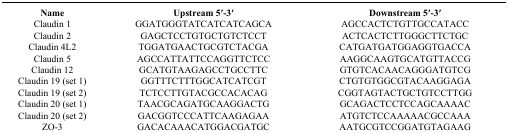
| Name | Upstream 5′-3′ | Downstream 5′-3′ |
 | --- | --- | --- |
 | Claudin 1 | GGATGGGTATCATCATCAGCA | AGCCACTCTGTTGCCATACC |
 | Claudin 2 | GAGCTCCTGTGCTGTCTCCT | ACTCACTCTTGGGCTTCTGC |
 | Claudin 4L2 | TGGATGAACTGCGTCTACGA | CATGATGATGGAGGTGACCA |
 | Claudin 5 | AGCCATTATTCCAGGTTCTCC | AAGGCAAGTGCATGTTACCG |
 | Claudin 12 | GCATGTAAGAGCCTGCCTTC | GTGTCACAACAGGGATGTCG |
 | Claudin 19 (set 1) | GGTTTCTTTGGCATCATCGT | CTGTGTGGCGTACAAGGAGA |
 | Claudin 19 (set 2) | TCTCCTTGTACGCCACACAG | CGGTAGTACTGCTGTCCTTGG |
 | Claudin 20 (set 1) | TAACGCAGATGCAAGGACTG | GCAGACTCCTCCAGCAAAAC |
 | Claudin 20 (set 2) | GACGGTCCCATTCAAGAGAA | ATGTCTCCAAAAACGCCAAA |
 | ZO-3 | GACACAAACATGGACGATGC | AATGCGTCCGGATGTAGAAG |